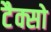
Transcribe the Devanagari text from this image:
टैक्सो